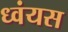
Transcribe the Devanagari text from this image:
ध्वंयस